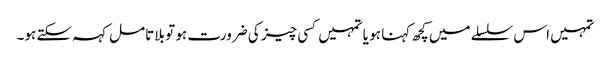
تمہیں اس سلسلے میں کچھ کہنا ہو یا تمہیں کسی چیز کی ضرورت ہو تو بلا تامل کہہ سکتے ہو۔